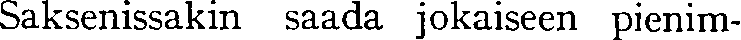
Saksenissakin saada jokaiseen pienim-